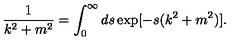
\frac { 1 } { k ^ { 2 } + m ^ { 2 } } = \int _ { 0 } ^ { \infty } d s \exp [ - s ( k ^ { 2 } + m ^ { 2 } ) ] .